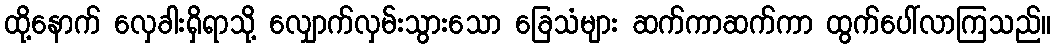
ထို့နောက် လှေခါးရှိရာသို့ လျှောက်လှမ်းသွားသော ခြေသံများ ဆက်ကာဆက်ကာ ထွက်ပေါ်လာကြသည်။